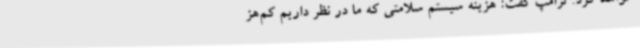
خواهد کرد. ترامپ گفت: هزینه سیستم سلامتی که ما در نظر داریم کم‌هز